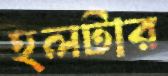
হলটার